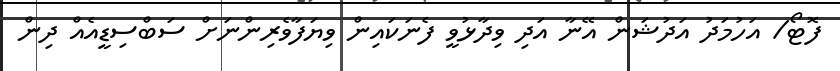
ފޮޓޯ/ އަހުމަދު އަދުޝަން އޭނާ އަދި ވިދާޅުވީ ފެނަކައިން ވިޔަފާވެރިންނަށް ސަބްސިޑީއެއް ދިން